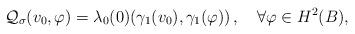
LaTeX: \begin{align*}\mathcal Q_{\sigma}(v_0,\varphi)=\lambda_0(0)(\gamma_1(v_0),\gamma_1(\varphi))\,,\ \ \ \forall\varphi\in H^2(B),\end{align*}